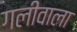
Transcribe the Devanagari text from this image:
गलीवाला